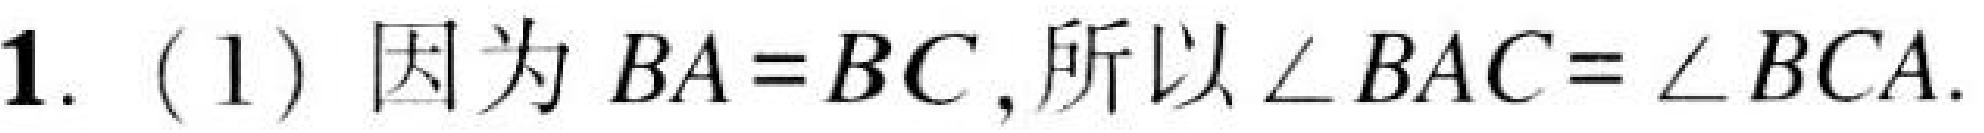
1. (1) 因为 \(BA = BC\),所以 \(\angle BAC=\angle BCA\).